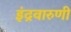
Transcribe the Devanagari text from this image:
इंद्रवारुणी